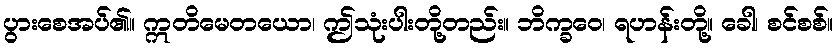
ပွားစေအပ်၏။ ဣတိမေတယော၊ ဤသုံးပါးတို့တည်း။ ဘိက္ခဝေ၊ ရဟန်းတို့။ ခေါ၊ စင်စစ်။